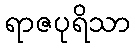
ရာဇပုရိသာ